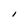
Character: I